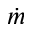
\dot { m }